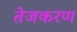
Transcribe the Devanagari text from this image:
तेजकरण